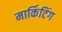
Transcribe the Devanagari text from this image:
मार्किटिंग